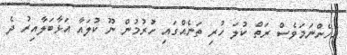
އެހެންނަމަވެސް ރަތް ކުލަ ހުރި ތަނެއްގައި ހުރުމުން ނޫ ކުލަައާ އަޅާބަލާއިރު ދެ